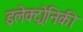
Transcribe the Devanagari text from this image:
इलेक्ट्रोनिकी